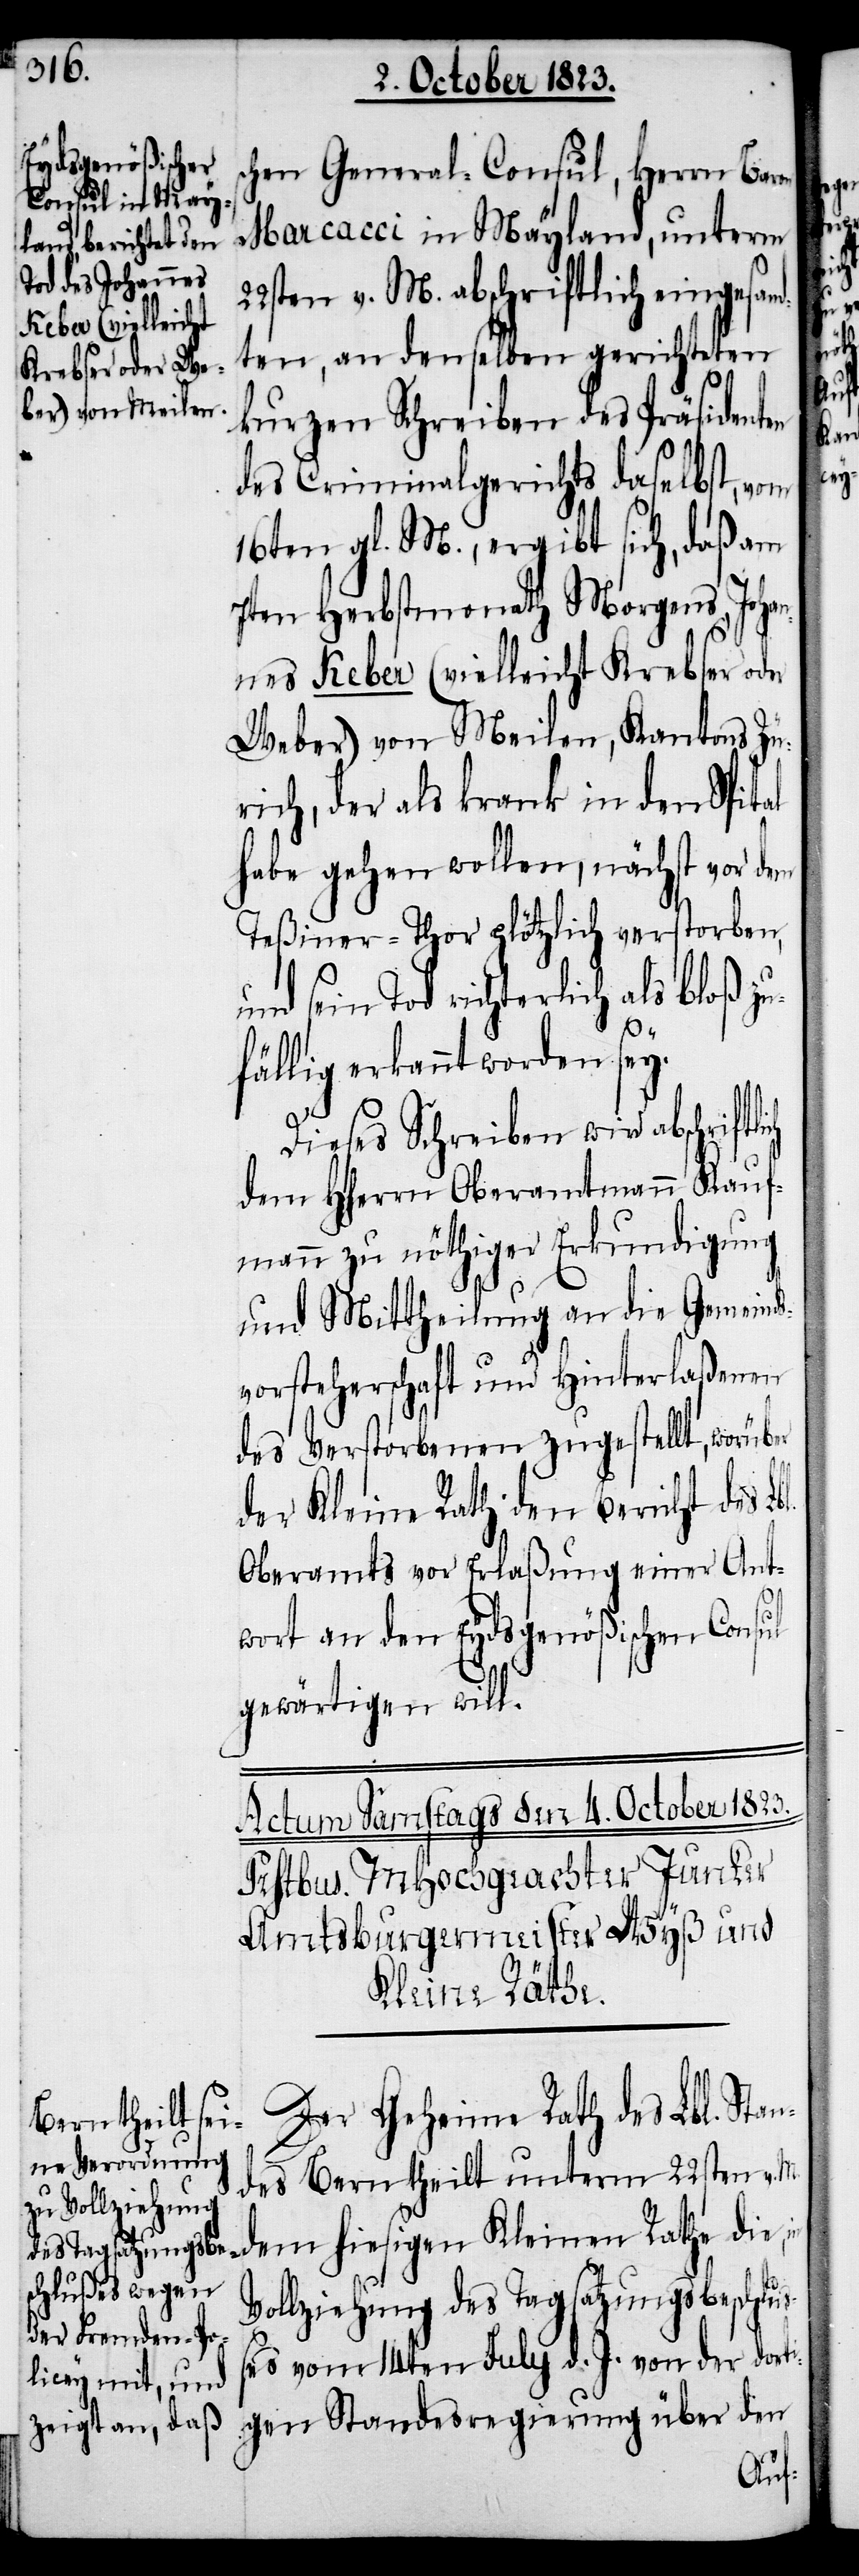
chen General-Consul, Herrn Baron
Marcacci in Mayland, unterm
22sten v. M. abschriftlich eingesan¬
dten, an denselben gerichteten
bl.
kurzen Schreiben des Präsidenten
des Criminalgerichts daselbst, vom
16ten gl. M., ergibt sich, daß am
7ten Herbstmonath Morgens, Joha¬
nnes Keber (vielleicht Krebser oder
Weber) von Meilen, Kantons Zü¬
rich, der als krank in den Spital
habe gehen wollen, nächst vor dem
Teßiner-Thor plötzlich verstorben,
und sein Tod richterlich als bloß zu¬
fällig erkannt worden sey.
Dieses Schreiben wird abschriftl¬
dem Hherrn Oberamtmann Kauf¬
mann zu nöthiger Erkundigung
und Mittheilung an die Gemeind¬
svorsteherschaft und Hinterlaßenen
des Verstorbenen zugestellt, worüber
der Kleine Rath den Bericht des L¬
Oberamts vor Erlaßung einer Ant¬
wort an den Eydsgenößischen Consul
gewärtigen will.
Der Geheime Rath des Lbl. Sta¬
ndes Bern theilt unterm 22sten v.
M. dem hiesigen Kleinen Rathe die, in
Vollziehung des Tagsatzungsbeschluß¬
es vom 14ten July d. J. von der dort¬
igen Standesregierung über den